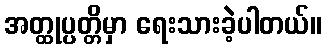
အတ္ထုပ္ပတ္တိမှာ ရေးသားခဲ့ပါတယ်။